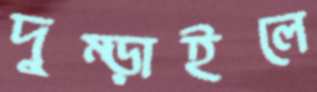
দুম্‌ড়াইলে